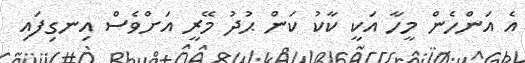
އެ އަންހެން މީހާ އަކީ ކާކު ކަން ޙުދު މޭރީ އަށްވެސް އިނގިފައި